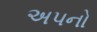
અપનો